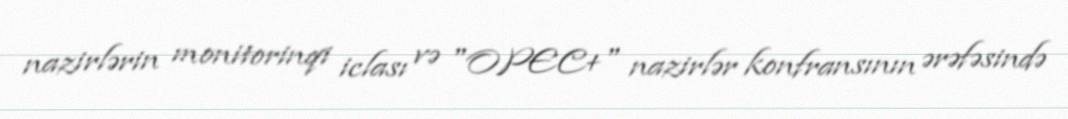
nazirlərin monitorinqi iclası və "OPEC+" nazirlər konfransının ərəfəsində